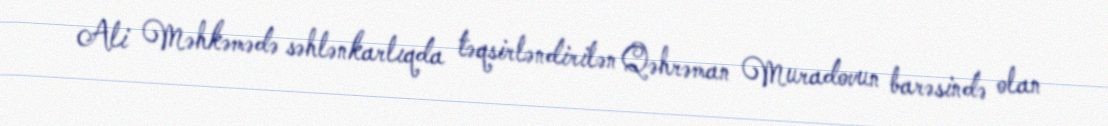
Ali Məhkəmədə səhlənkarlıqda təqsirləndirilən Qəhrəman Muradovun barəsində olan